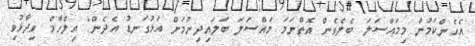
އެހެންކަމުން މިމައްސަލަ ބެލެވެން އޮތްނަމަ މައްސަލަ ބަލައިދިނުމަށް އަޅުގަނޑު އެދެން" އިލްހާމް ވިދާޅުވި